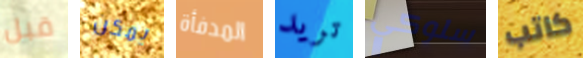
قبل يمكن المدفأة تريد سلوكي كاتب